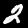
Label: 2